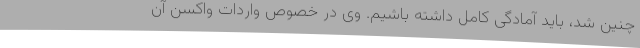
چنین شد، باید آمادگی کامل داشته باشیم. وی در خصوص واردات واکسن آن